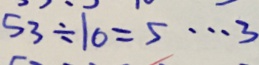
5 3 \div 1 0 = 5 \cdots 3